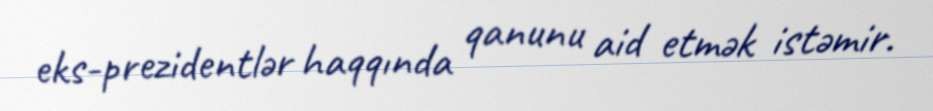
eks-prezidentlər haqqında qanunu aid etmək istəmir.